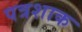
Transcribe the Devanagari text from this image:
पत्रशाक